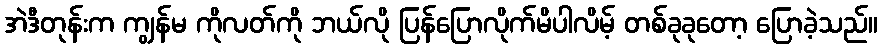
အဲဒီတုန်းက ကျွန်မ ကိုလတ်ကို ဘယ်လို ပြန်ပြောလိုက်မိပါလိမ့် တစ်ခုခုတော့ ပြောခဲ့သည်။